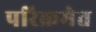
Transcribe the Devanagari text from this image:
परिक्रमेत